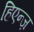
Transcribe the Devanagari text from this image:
हिएन्ज़